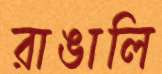
রাঙালি